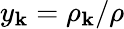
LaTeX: y_{\mathbf{k}}=\rho_{\mathbf{k}}/\rho